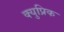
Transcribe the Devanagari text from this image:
क्युप्रिक